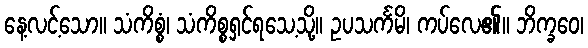
နေ့လင့်သော။ သံကိစ္စံ၊ သံကိစ္စရှင်ရသေ့သို့။ ဥပသင်္ကမိ၊ ကပ်လေ၏။ ဘိက္ခဝေ၊